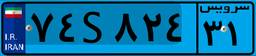
۵۹S۱۱۳۰۷